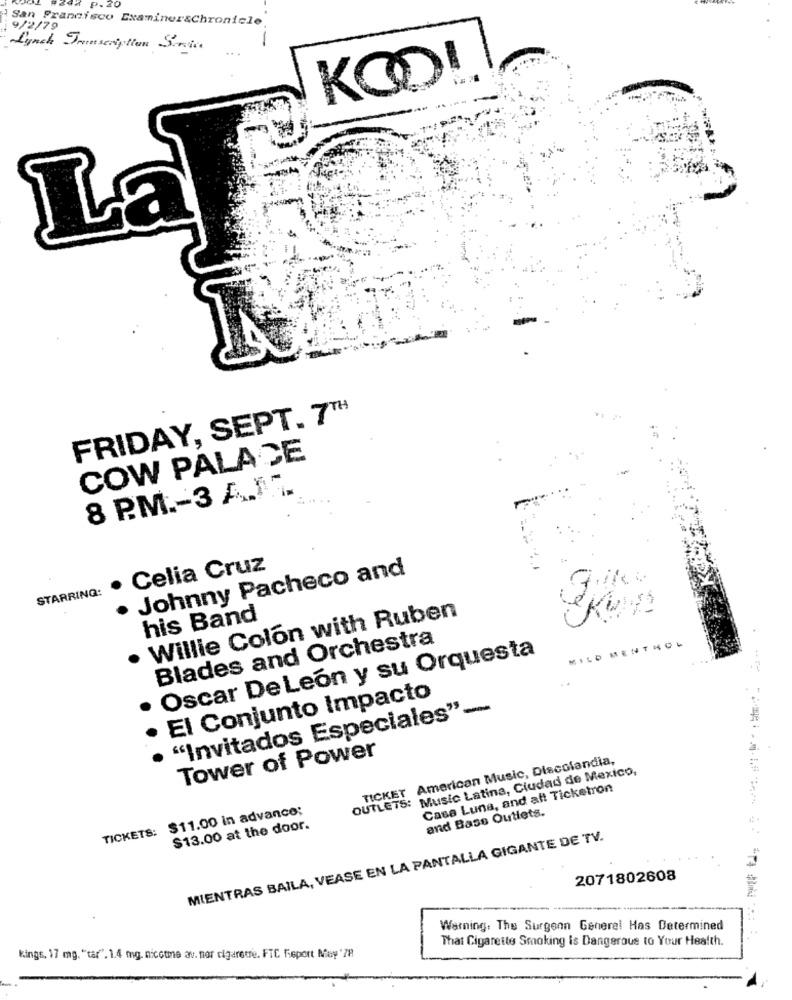
P. 2
San Francisco Examinerschronicle.
9/2/79
Lynch Jrinscription Svine
...
KODI
La
FRIDAY, SEPT. 7TH
COW PALACE
8 P.M .- 3 A.J ...
· Celia Cruz
Johnny Pacheco and
STARRING:
his Band
Willie Colon with Ruben
Blades and Orchestra
MILD MENTHOL
Oscar De Leon y su Orquesta
El Conjunto Impacto
"Invitados Especiales"-
Tower of Power
TICKET American Music, Discolandia,
OUTLETS: Music Latina, Ciudad de Mexico,
Casa Luna, and aft Ticketron
TICKETS: $11.00 in advance;
and Bass Outlets.
$13.00 at the door.
MIENTRAS BAILA, VEASE EN LA PANTALLA GIGANTE DE TV.
2071802608
Warning. The Surgenn Generel Has Determined
That Cigarette Smoking is Dangerous to Your Health.
kings, 17 mg. "tar". 1.4 mg. nicotine av. nor cigaretre. FIC fieport Ney'78